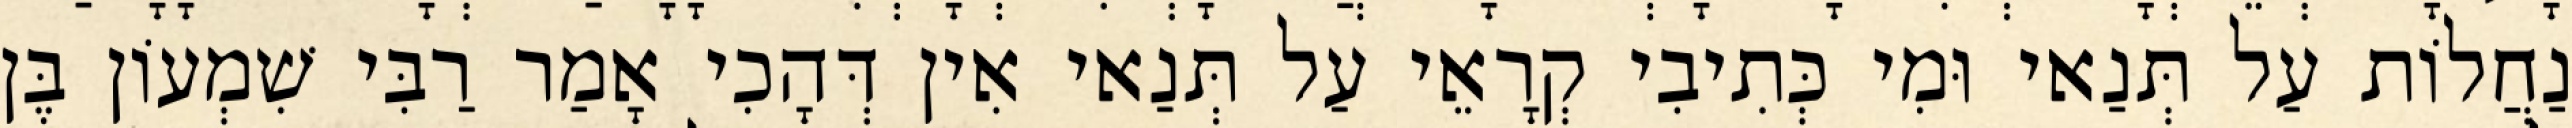
נַחֲלוֹת עַל תְּנַאי וּמִי כְּתִיבִי קְרָאֵי עַל תְּנַאי אִין דְּהָכִי אָמַר רַבִּי שִׁמְעוֹן בֶּן